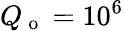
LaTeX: Q_{\mathrm{~o~}}=10^{6}